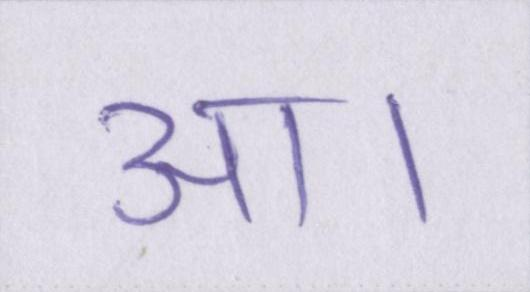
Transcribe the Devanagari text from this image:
आ।